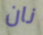
نان